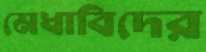
মেধাবিদের